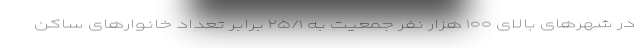
در شهرهای بالای ۱۰۰ هزار نفر جمعیت به ۲۵/۱ برابر تعداد خانوارهای ساکن